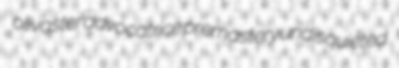
olivaster advocatrice premastery undisquieted